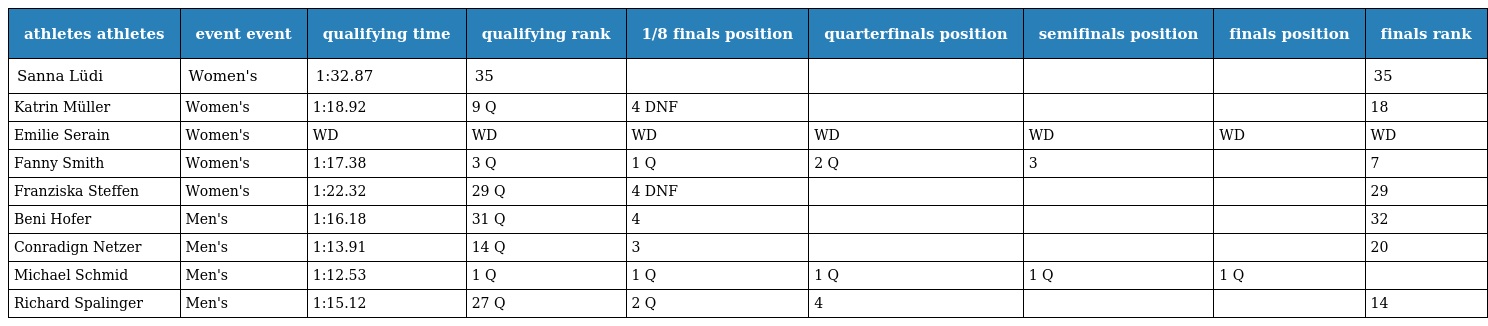
| athletes athletes | event event | qualifying time | qualifying rank | 1/8 finals position | quarterfinals position | semifinals position | finals position | finals rank |
 | --- | --- | --- | --- | --- | --- | --- | --- | --- |
 | Sanna Lüdi | Women's | 1:32.87 | 35 |  |  |  |  | 35 |
 | Katrin Müller | Women's | 1:18.92 | 9 Q | 4 DNF |  |  |  | 18 |
 | Emilie Serain | Women's | WD | WD | WD | WD | WD | WD | WD |
 | Fanny Smith | Women's | 1:17.38 | 3 Q | 1 Q | 2 Q | 3 |  | 7 |
 | Franziska Steffen | Women's | 1:22.32 | 29 Q | 4 DNF |  |  |  | 29 |
 | Beni Hofer | Men's | 1:16.18 | 31 Q | 4 |  |  |  | 32 |
 | Conradign Netzer | Men's | 1:13.91 | 14 Q | 3 |  |  |  | 20 |
 | Michael Schmid | Men's | 1:12.53 | 1 Q | 1 Q | 1 Q | 1 Q | 1 Q |  |
 | Richard Spalinger | Men's | 1:15.12 | 27 Q | 2 Q | 4 |  |  | 14 |